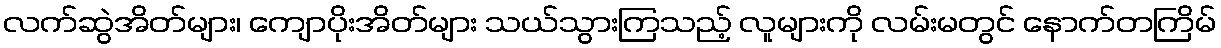
လက်ဆွဲအိတ်များ၊ ကျောပိုးအိတ်များ သယ်သွားကြသည့် လူများကို လမ်းမတွင် နောက်တကြိမ်